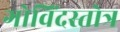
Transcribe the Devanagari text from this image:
गोविंदस्तोत्र